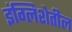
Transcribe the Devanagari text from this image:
इंग्लिशेतील